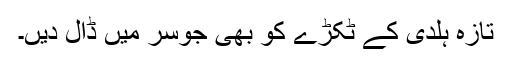
تازہ ہلدی کے ٹکڑے کو بھی جوسر میں ڈال دیں۔